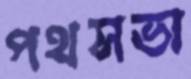
পথসভা